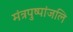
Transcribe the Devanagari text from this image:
मंत्रपुष्पांजलि